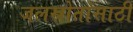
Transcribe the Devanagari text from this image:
जलस्रोतांसाठी